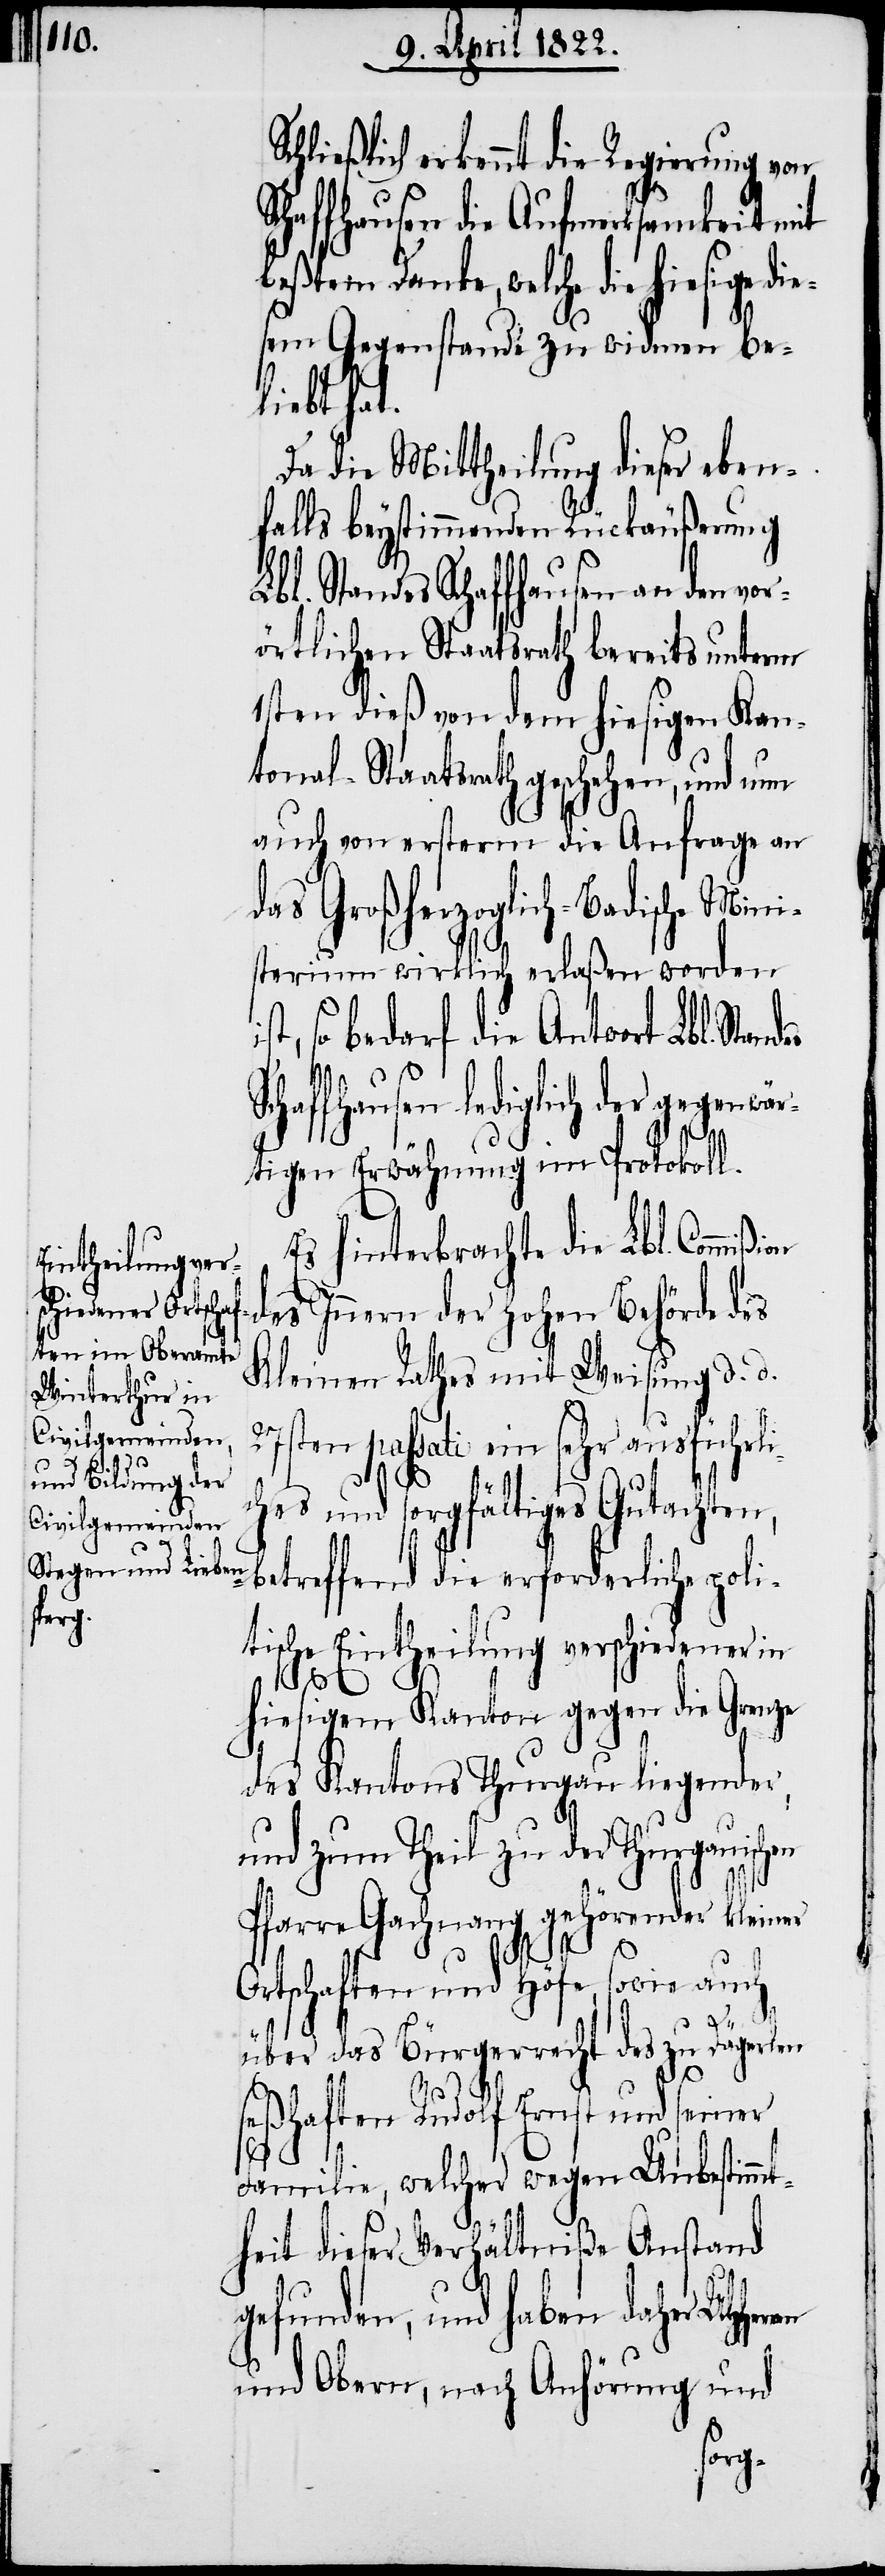
hiesige die¬

Schließlich erkennt die Regierung von
Schaffhausen die Aufmerksamkeit mit
beßtem Danke, welche die
sem Gegenstande zu widmen be¬
liebt hat.
Da die Mittheilung dieser eben¬
falls beystimmenden Rückäußerung
bl. Standes Schaffhausen an den vor¬
örtlichen Staatsrath bereits unterm
1sten dieß von dem hiesigen Kan¬
tonal-Staatsrath geschehen, und nun
auch von ersterm die Anfrage an
das Großherzoglich-Badische Mini¬
sterium wirklich erlaßen worden
st, so bedarf die Antwort Lbl. Stan¬
des
Schaffhausen lediglich der gegenwär¬
d¬
tigen Erwähnung im Protokoll.
Es hinterbrachte die Lbl. Commi¬
es Innern der hohen Behörde des
Kleinen Rathes mit Weisung d. d.
ten passati ein sehr ausführl¬
ches und sorgfältiges Gutachten,
betreffend die erforderliche poli¬
tische Eintheilung verschiedener in
hiesigem Kanton gegen die Grenze
des Kantons Thurgau liegender,
und zum Theil zu der Thurgaui¬
Pfarre Gachnang gehörender kleiner
Ortschaften und Höfe, sowie auch
über das Bürgerrecht des zu Dägerlen
ren
seßhaften Rudolf Ernst und seiner
Familie, welcher wegen Unbestimmt¬
heit dieser Verhältniße Anstand
gefunden, und haben daher UHHer¬
und Obern, nach Anhörung und